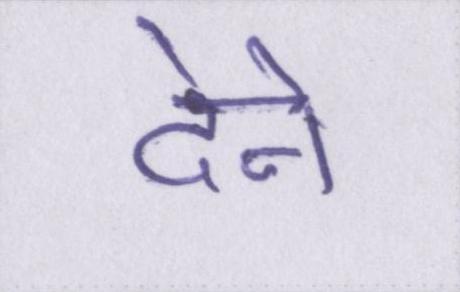
देने